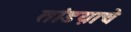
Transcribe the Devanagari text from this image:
तांडय़ाचे